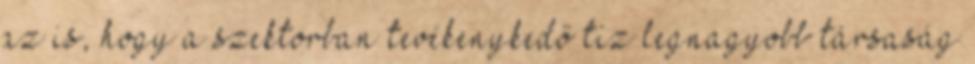
az is, hogy a szektorban tevékenykedő tíz legnagyobb társaság